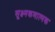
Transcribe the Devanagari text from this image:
सूक्ष्मकणात्मक